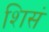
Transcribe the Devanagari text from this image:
शिसं